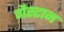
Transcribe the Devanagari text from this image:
गैस्टान